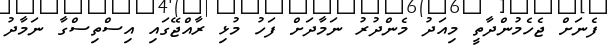
ފެނަށް ޖެހެމުންދާތީ މިއަދު މެންދުރު ނަމާދަށް ފަހު މުޅި ރާއްޖޭގައި އިސްތިސްގާ ނަމާދު